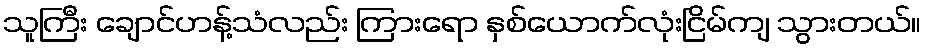
သူကြီး ချောင်ဟန့်သံလည်း ကြားရော နှစ်ယောက်လုံးငြိမ်ကျ သွားတယ်။